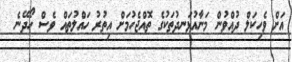
އަށް ވެހިކަލް ދުއްވުން މަނާއުޅަނދުތަކުގެ ތޮއްޖެހުމަށް އިތުރު ހައްލުތައް ވެސް ހޯދޭނެ